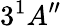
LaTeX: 3^{1}A^{\prime\prime}